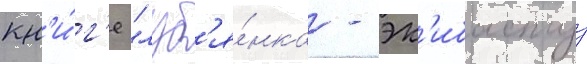
кн'и́г'е "луб'я́нка - эк'ибастуз